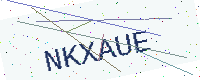
Text: NKXAUE